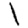
Digit: 1